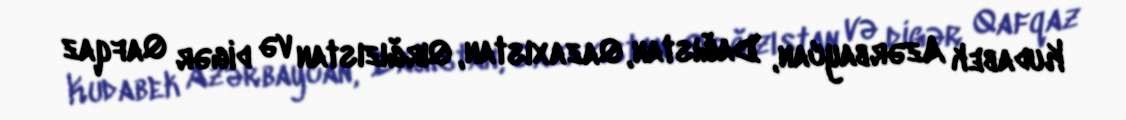
Kudabek Azərbaycan, Dağıstan, Qazaxıstan, Qırğızıstan və digər Qafqaz